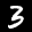
Digit: 3